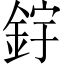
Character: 𨦦